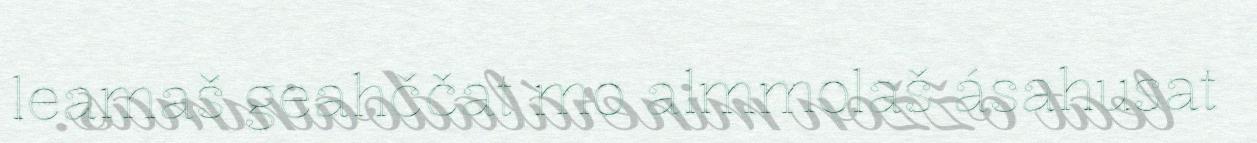
leamaš geahččat mo almmolaš ásahusat